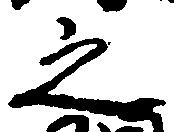
之